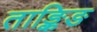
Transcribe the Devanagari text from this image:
ताङ्किङ